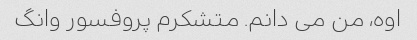
اوه، من می دانم. متشکرم پروفسور وانگ